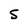
Character: 5